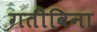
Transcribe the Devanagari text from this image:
गतीविना